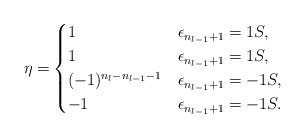
LaTeX: \begin{align*}\eta=&\begin{cases}1&\epsilon_{n_{l-1}+1}=1S,\\1&\epsilon_{n_{l-1}+1}=1S,\\(-1)^{n_l-n_{l-1}-1}&\epsilon_{n_{l-1}+1}=-1S,\\-1&\epsilon_{n_{l-1}+1}=-1S.\end{cases}\end{align*}